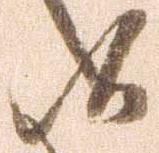
候